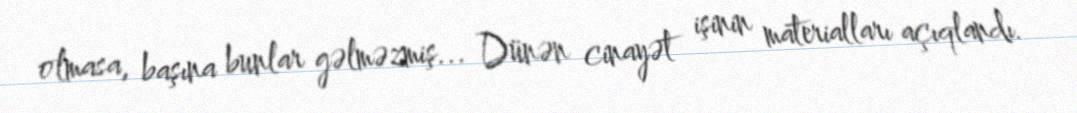
olmasa, başına bunlar gəlməzmiş... Dünən cinayət işinin materialları açıqlandı.